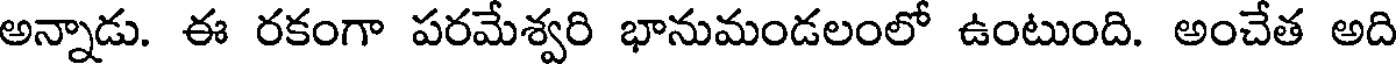
అన్నాడు. ఈ రకంగా పరమేశ్వరి భానుమండలంలో ఉంటుంది. అంచేత అది